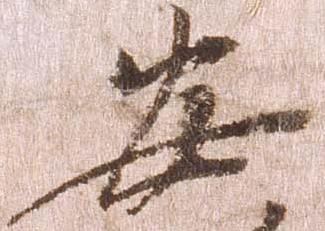
安